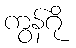
ကွန်ဂို